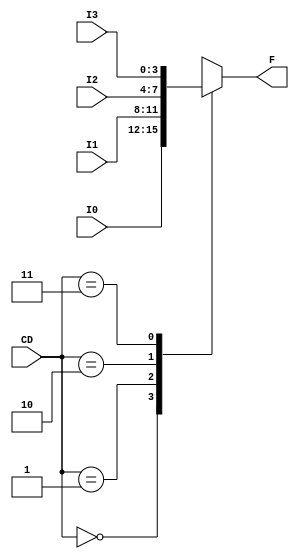
module mux4to1_case(input [3:0] I0, input [3:0] I1, input [3:0] I2, input [3:0] I3, input [1:0] CD, output reg [3:0] F);

    always @(I0 or I1 or I2 or I3 or CD) 
    begin
        case(CD)
            2'b00 : #10 F <= I0;
            2'b01 : #10 F <= I1;
            2'b10 : #10 F <= I2;
            2'b11 : #10 F <= I3;
        endcase
    end

endmodule